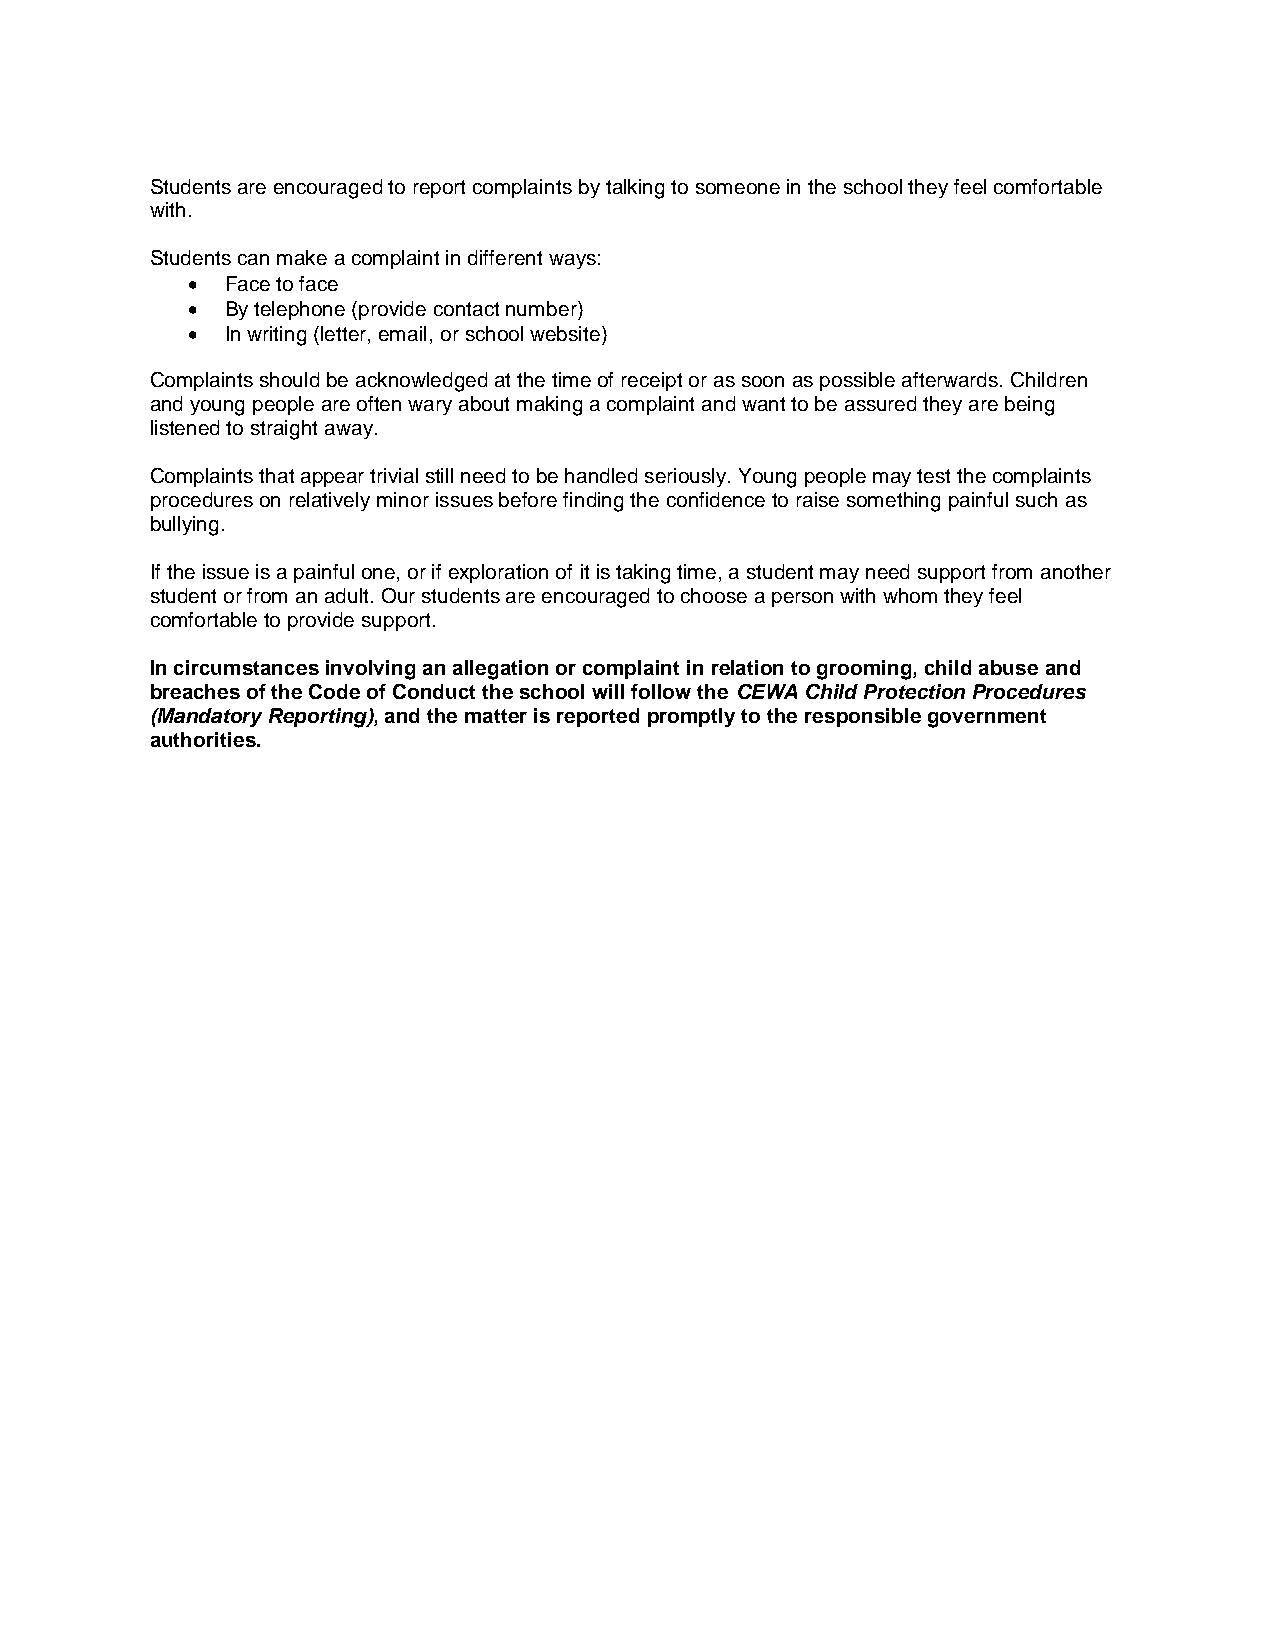
Students are encouraged to report complaints by talking to someone in the school they feel comfortable
 with.
 Students can make a complaint in different ways:
   Face to face
   By telephone (provide contact number)
   In writing (letter, email, or school website)
 Complaints should be acknowledged at the time of receipt or as soon as possible afterwards. Children
 and young people are often wary about making a complaint and want to be assured they are being
 listened to straight away.
 Complaints that appear trivial still need to be handled seriously. Young people may test the complaints
 procedures on relatively minor issues before finding the confidence to raise something painful such as
 bullying.
 If the issue is a painful one, or if exploration of it is taking time, a student may need support from another
 student or from an adult. Our students are encouraged to choose a person with whom they feel
 comfortable to provide support.
 In circumstances involving an allegation or complaint in relation to grooming, child abuse and
 breaches of the Code of Conduct the school will follow the CEWA Child Protection Procedures
 (Mandatory Reporting), and the matter is reported promptly to the responsible government
 authorities.